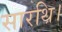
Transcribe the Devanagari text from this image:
सारथि।